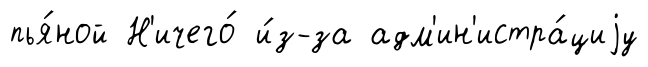
пья́ной Н'ичего́ и́з-за адм'ин'истра́циjу